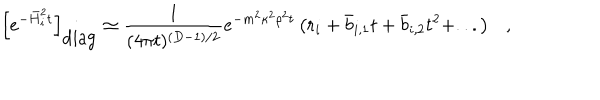
\left[ e ^ { - \bar { H } _ { i } ^ { 2 } t } \right] _ { \mathrm { d i a g } } \simeq { \frac { 1 } { ( 4 \pi t ) ^ { ( D - 1 ) / 2 } } } e ^ { - m ^ { 2 } \kappa ^ { 2 } \rho ^ { 2 } t } \left( r _ { i } + \bar { b } _ { i , 1 } t + \bar { b } _ { i , 2 } t ^ { 2 } + . . . \right) ,